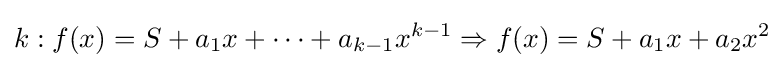
k:f(x)=S+a_{1}x+\cdots +a_{k-1}x^{k-1}\Rightarrow {}f(x)=S+a_{1}x+a_{2}x^{2}